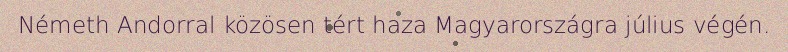
Németh Andorral közösen tért haza Magyarországra július végén.